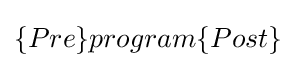
\{Pre\}program\{Post\}